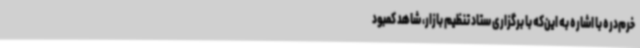
خرم‌دره با اشاره به این‌که با برگزاری ستاد تنظیم بازار، شاهد کمبود